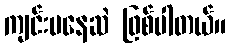
ကျင်းပနေဆဲ ဖြစ်ပါတယ်။